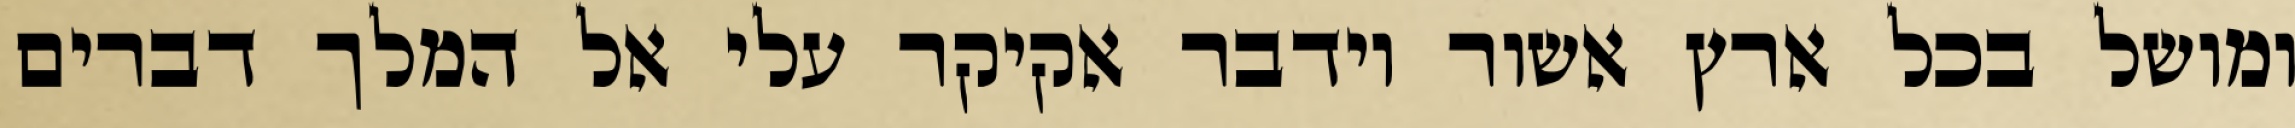
ומושל בכל ארץ אשור וידבר אקיקר עלי אל המלך דברים